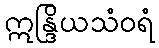
ဣန္ဒြိယသံဝရံ